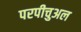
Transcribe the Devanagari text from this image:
परपीचुअल